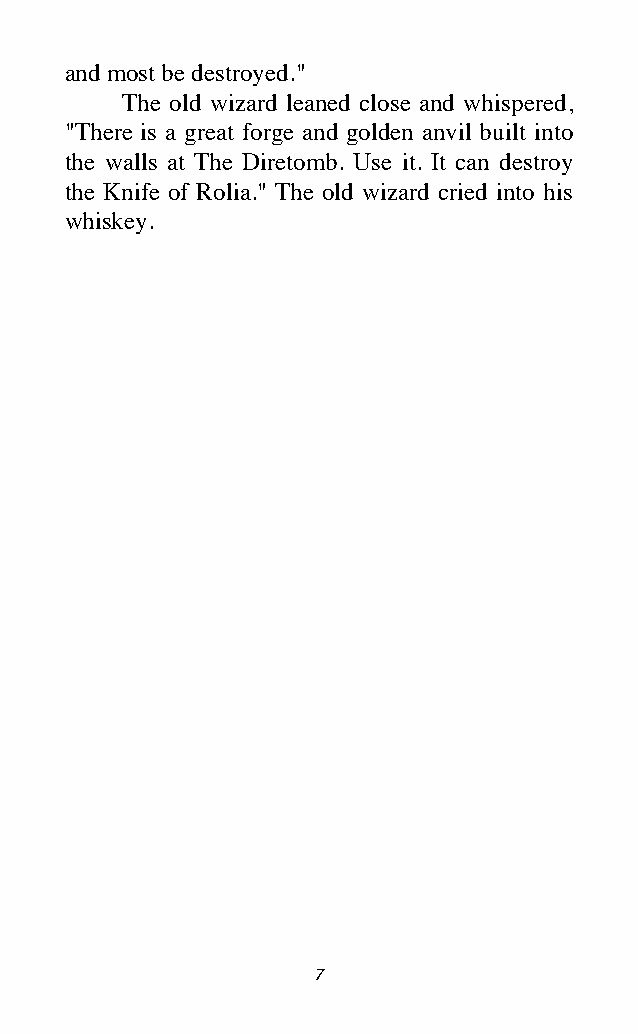
and most be destroyed."
 The old wizard leaned close and whispered,
 "There is a great forge and golden anvil built into
 the walls at The Diretomb. Use it. It can destroy
 the Knife of Rolia." The old wizard cried into his
 whiskey.
 7